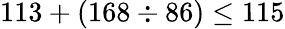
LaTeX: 113+(168\div 86)\leq 115